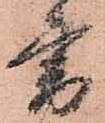
書